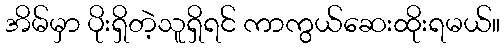
အိမ်မှာ ပိုးရှိတဲ့သူရှိရင် ကာကွယ်ဆေးထိုးရမယ်။